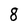
Character: 8